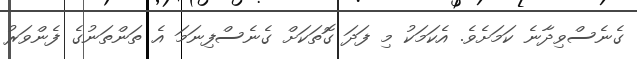
ގެނެސްވިދާނެ ކަމަށެވެ. އެކަމަކު މި ފަދަ ގޮތަކަށް ގެނެސްފިނަމަ އެ ތަންތަނުގެ ފެންވަރު